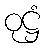
ဝုဋ္ဌံ